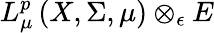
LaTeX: L_{\mu}^{p}\left(X,\Sigma,\mu\right)\otimes_{\epsilon}E